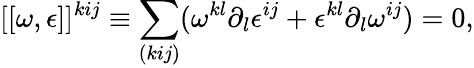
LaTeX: [[\omega,\epsilon]]^{kij}\equiv\sum_{(kij)}(\omega^{kl}\partial_{l}\epsilon^{ij}+\epsilon^{kl}\partial_{l}\omega^{ij})=0,